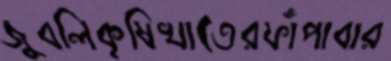
জুবলিকৃষিখাতেরফাঁপাবার